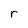
Character: r